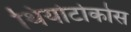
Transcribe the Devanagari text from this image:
थियोटोकोस